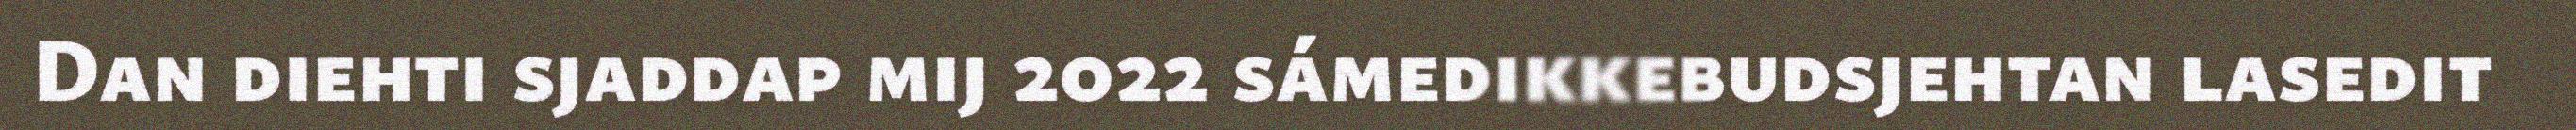
Dan diehti sjaddap mij 2022 sámedikkebudsjehtan lasedit